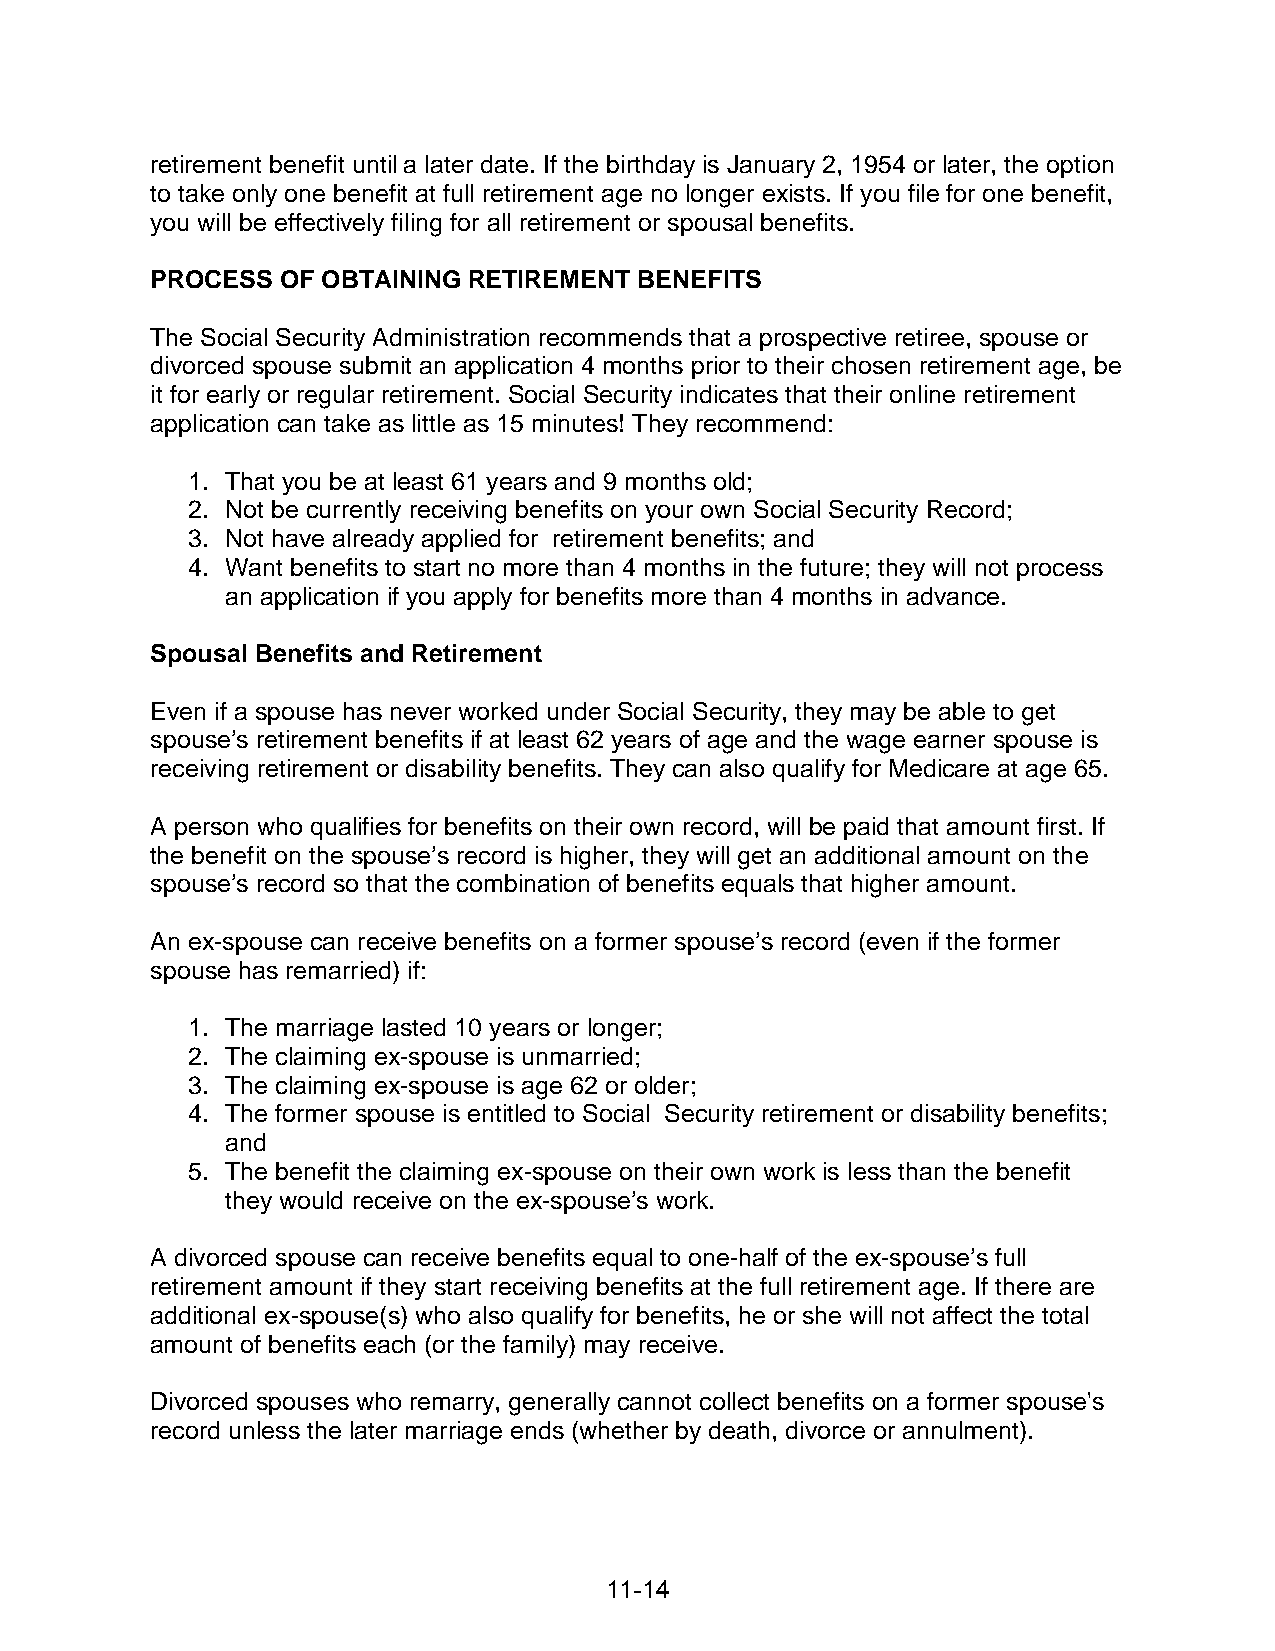
retirement benefit until a later date. If the birthday is January 2, 1954 or later, the option
 to take only one benefit at full retirement age no longer exists. If you file for one benefit,
 you will be effectively filing for all retirement or spousal benefits.
 PROCESS  OF OBTAINING RETIREMENT BENEFITS
 The Social Security Administration recommends that a prospective retiree, spouse or
 divorced spouse submit an application 4 months prior to their chosen retirement age, be
 it for early or regular retirement. Social Security indicates that their online retirement
 application can take as little as 15 minutes! They recommend:
 1. That you be at least 61 years and 9 months old;
 2. Not be currently receiving benefits on your own Social Security Record;
 3. Not have already applied for retirement benefits; and
 4. Want benefits to start no more than 4 months in the future; they will not process
 an application if you apply for benefits more than 4 months in advance.
 Spousal Benefits and Retirement
 Even if a spouse has never worked under Social Security, they may be able to get
 spouse’s retirement benefits if at least 62 years of age and the wage earner spouse is
 receiving retirement or disability benefits. They can also qualify for Medicare at age 65.
 A person who qualifies for benefits on their own record, will be paid that amount first. If
 the benefit on the spouse’s record is higher, they will get an additional amount on the
 spouse’s record so that the combination of benefits equals that higher amount.
 An ex-spouse can receive benefits on a former spouse’s record (even if the former
 spouse has remarried) if:
 1. The marriage lasted 10 years or longer;
 2. The claiming ex-spouse is unmarried;
 3. The claiming ex-spouse is age 62 or older;
 4. The former spouse is entitled to Social Security retirement or disability benefits;
 and
 5. The benefit the claiming ex-spouse on their own work is less than the benefit
 they would receive on the ex-spouse’s work.
 A divorced spouse can receive benefits equal to one-half of the ex-spouse’s full
 retirement amount if they start receiving benefits at the full retirement age. If there are
 additional ex-spouse(s) who also qualify for benefits, he or she will not affect the total
 amount of benefits each (or the family) may receive.
 Divorced spouses who remarry, generally cannot collect benefits on a former spouse's
 record unless the later marriage ends (whether by death, divorce or annulment).
 11-14